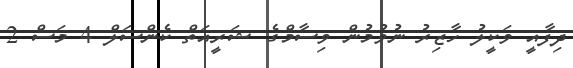
ދިފާއީ ވަކީލު ހާޒިރު ނުވުމުން ވިސާމްގެ ޝަރީއަތް ކެންސަލް 4 މަސް 2